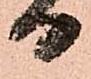
日